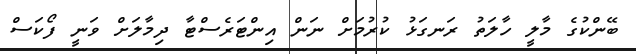
ބޭންކުގެ މާލީ ހާލަތު ރަނގަޅު ކުރުމަށް ނަން އިންޓަރެސްޓާ ދިމާލަށް ވަނީ ފޯކަސް